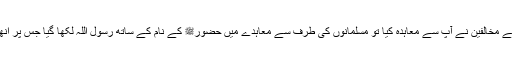
صلح حدیبیہ کے موقع پر جب مکے کے مخالفین نے آپ سے معاہدہ کیا تو مسلمانوں کی طرف سے معاہدے میں حضورﷺ کے نام کے ساتھ رسول اللہ لکھا گیا جس پر انھوں نے اعتراض کیا اور مٹانے کا کہا۔